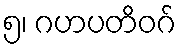
၅၊ ဂဟပတိဝဂ်